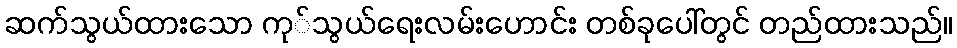
ဆက်သွယ်ထားသော ကု်သွယ်ရေးလမ်းဟောင်း တစ်ခုပေါ်တွင် တည်ထားသည်။